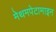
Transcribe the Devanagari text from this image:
मेथमपेटामाइन